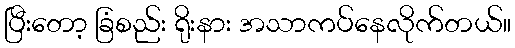
ပြီးတော့ ခြံစည်း ရိုးနား အသာကပ်နေလိုက်တယ်။